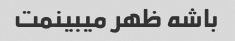
باشه ظهر میبینمت